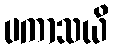
ပကာသယိ